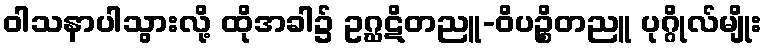
ဝါသနာပါသွားလို့ ထိုအခါ၌ ဥဂ္ဃဋိတညူ-ဝိပဉ္စိတညူ ပုဂ္ဂိုလ်မျိုး